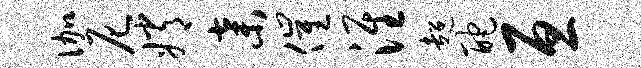
伽尼嫦弃催淮超酡亘